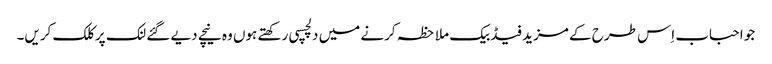
جو احباب اِس طرح کے مزید فیڈبیک ملاحظہ کرنے میں دلچسپی رکھتے ہوں وہ نیچے دیے گئے لنک پر کلک کریں۔